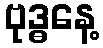
ဗုဒ္ဓနေ့